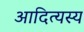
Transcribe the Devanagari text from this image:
आदित्यस्य